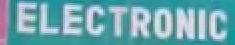
electronic